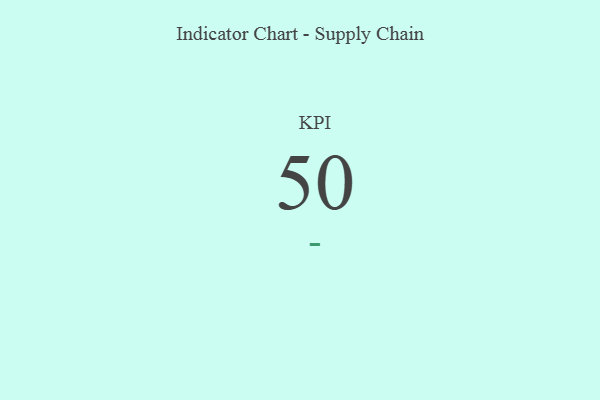
{"axis": {"x": "KPI", "y": "Value"}, "legend": [""], "data": [{"x": "KPI", "y": 50, "type": ""}]}